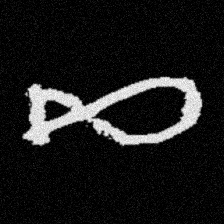
Pyu character \u2014 Myanmar letter: ဆ (romanized: cha)